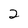
Character: 2